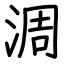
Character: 淍